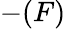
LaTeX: -(F)